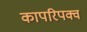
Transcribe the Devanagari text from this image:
कापरिपक्व